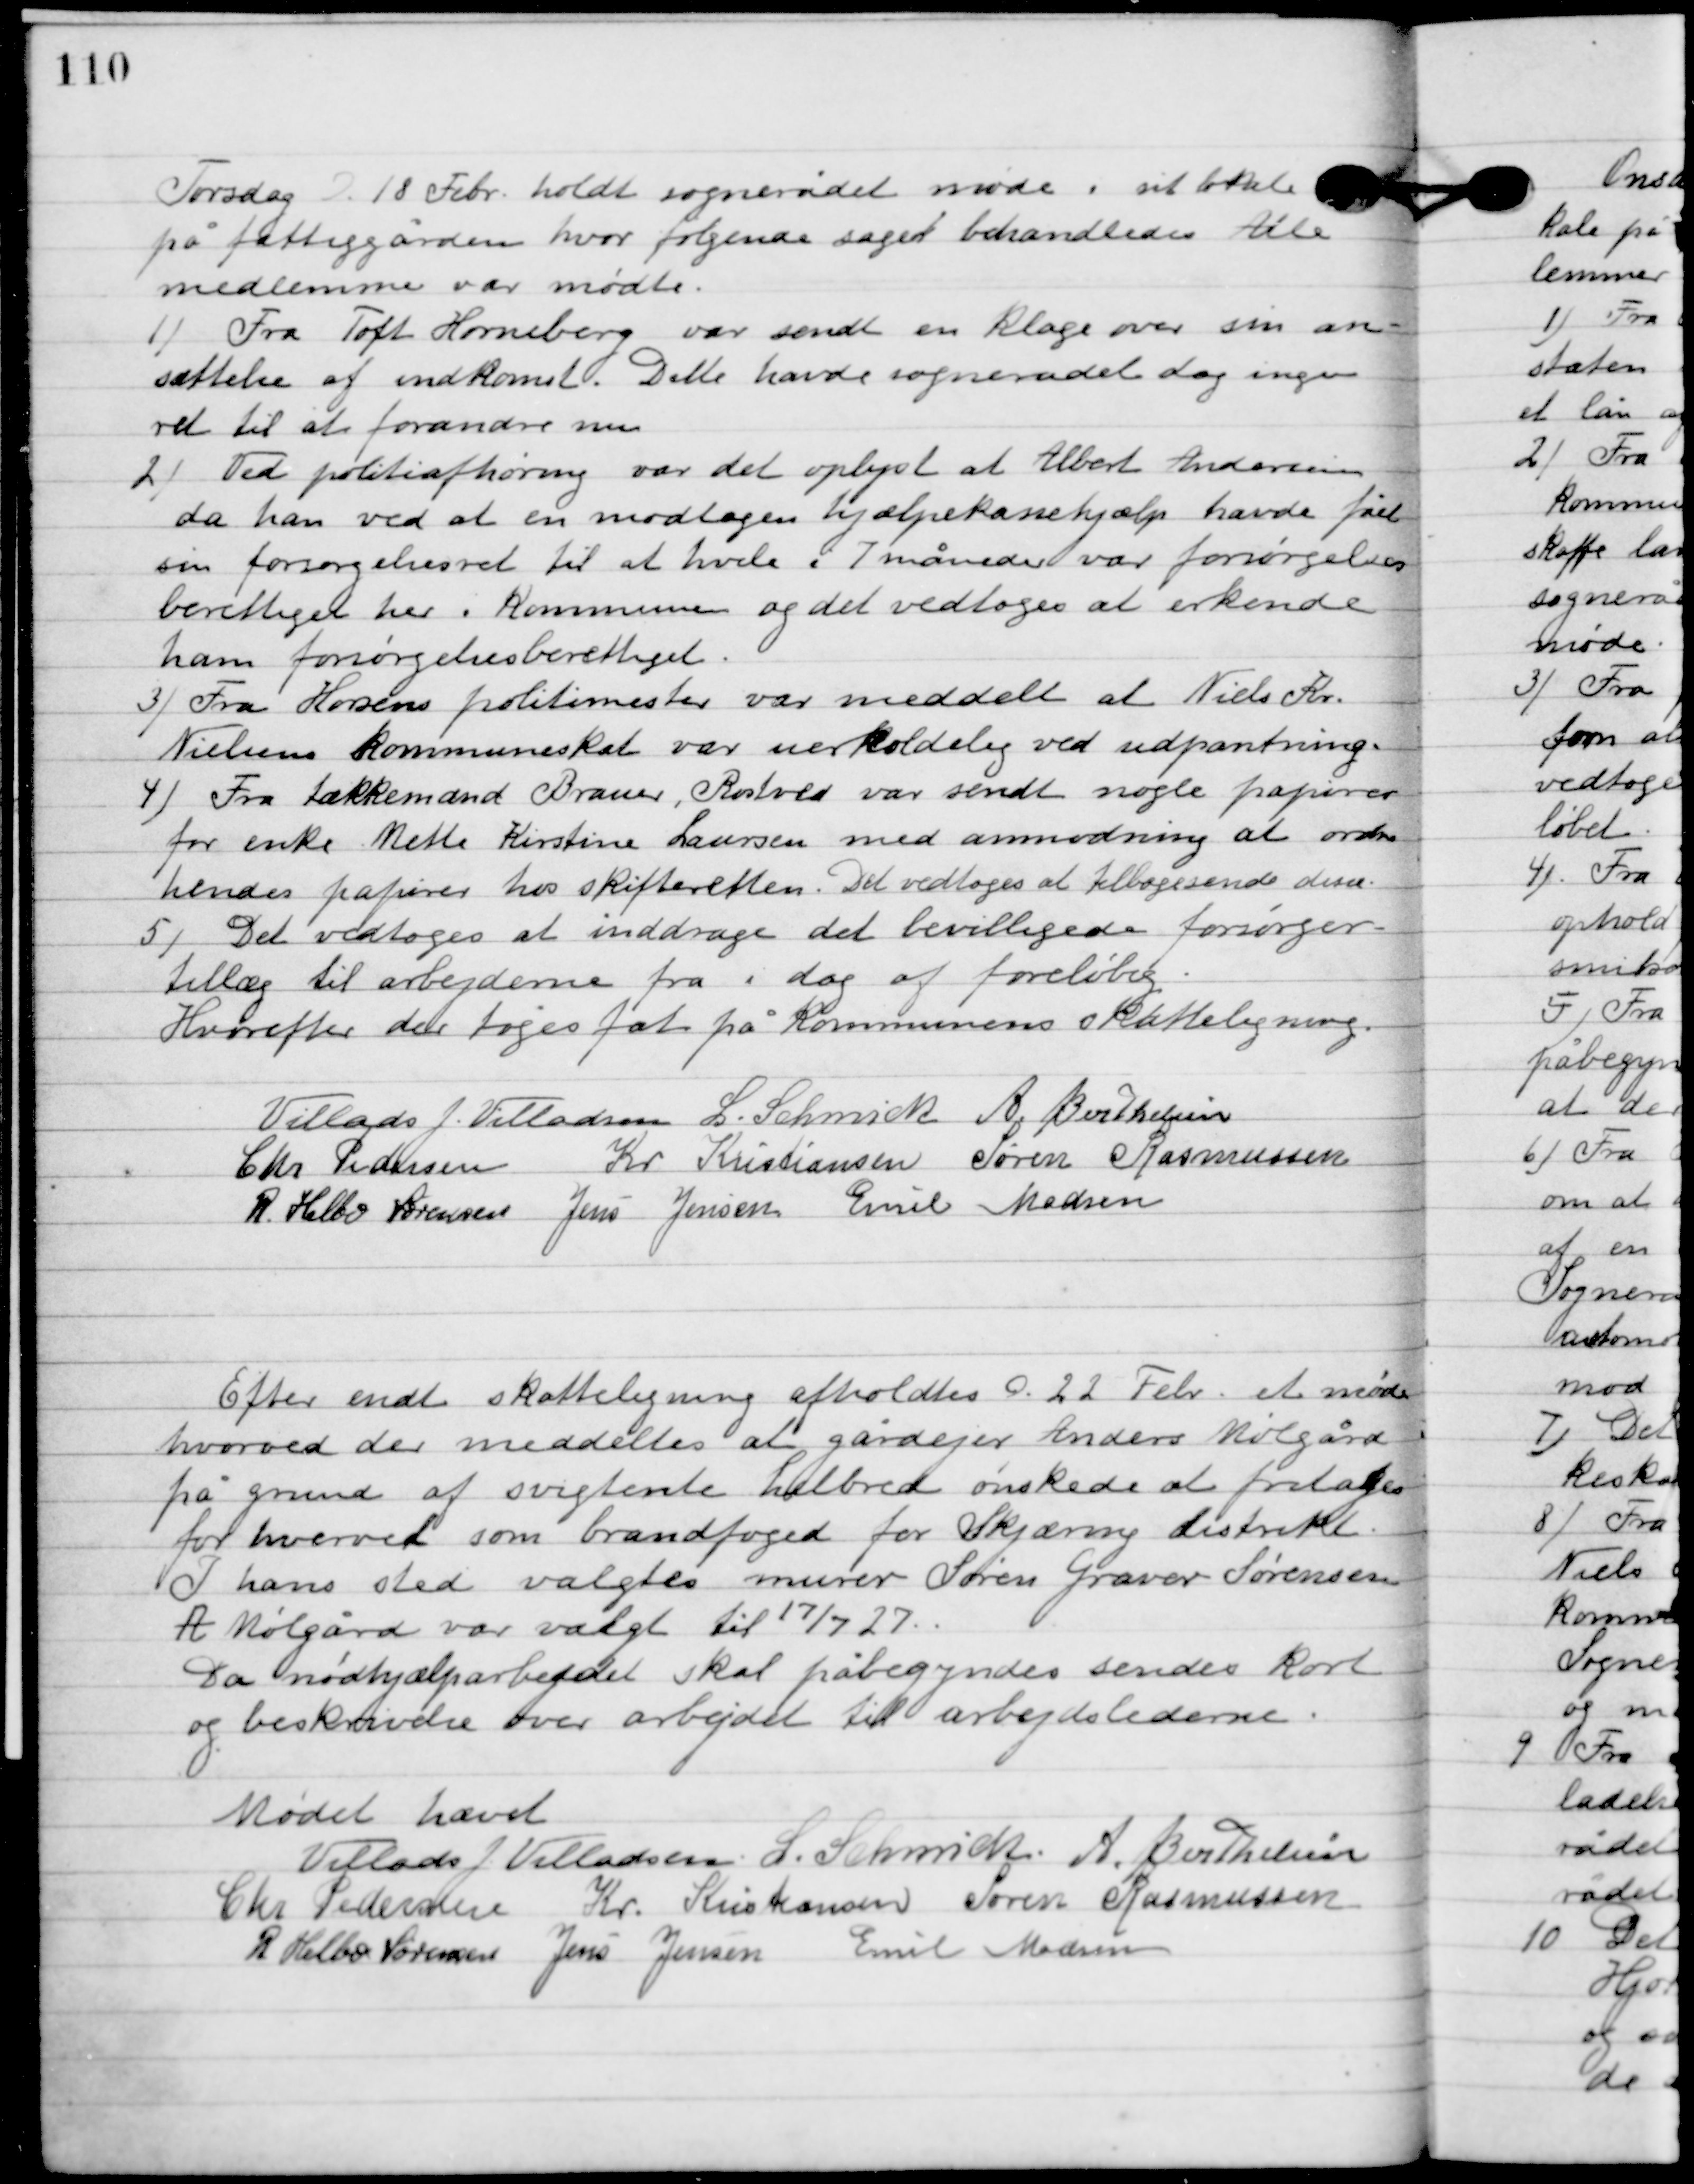
Transskription:
Torsdag D. 18 Febr. holdt sognerådet møde på sit lokale
på fattiggården, hvor følgende sager behandledes. Alle
medlemmer var mødte.

1

Fra Toft Horneberg var sendt en klage over sin an-
sættelse af indkomst. Dette havde sognerådet dog ingen
 ret til at forandres nu.

2

Ved politiafhøring var et oplyst at Albert Andersen
da han ved at en modtagen hjælpekassehjælp havde fået
sin forsørgelse ret til at hvile i 7 måneder var forsørgelses-
berettiger her i kommunen og det vedtoges at erkende
ham forsørgelsesberettiget.

3

Fra Horsens politimester var meddelt at Niels Kr.
Nielsens kommuneskat var uerholdelig ved udpantning.

4

Fra tækkemand Brauer, Rastved var sendt nogle papirer
 for enke Mette Kirstine Laursen med anmodning at ordne
hendes papirer hos skifteretten. Det vedtoges at tilbagesende dem.

5

Det vedtoges at inddrage det bevilligede forsørger
tillæg til arbejderne fra i dag af foreløbig.
Herefter der tages fat på kommuners skatteligning.

Villads J. Villadsen
L. Schmidt
A. Berthelsen
 Chr. Pedersen
Kr. Kristiansen
Søren Rasmussen
R. Helbo Sørensen
Jens Jensen
Emil Madsen

Efter endt skatteligning afholdes D. 22. Febr. et møde
hvorved der meddeltes at gårdejer Anders Mølgård
på grund af svigtende helbred ønskede at fritages
for hvervet som brandfoged for Skjæring distrikt.
I hans sted valgtes murer Søren Graver Sørensen
A. Mølgård var valgt til 17/7 27.
Da nødhjælp arbejdet skal påbegyndes sendes kort
og beskrivelse over arbejdet til arbejdslederne.

Mødet hævet.

Villads J. Villadsen
L. Schmidt
A. Berthelsen
Chr. Pedersen
Kr. Kristiansen
Søren Rasmussen
R. Helbo Sørensen
Jens Jensen
Emil Madsen